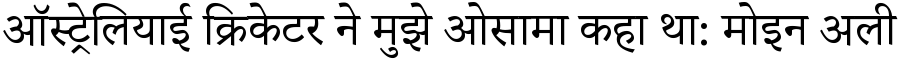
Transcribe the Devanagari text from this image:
ऑस्ट्रेलियाई क्रिकेटर ने मुझे ओसामा कहा था: मोइन अली